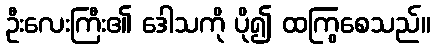
ဦးလေးကြီး၏ ဒေါသကို ပို၍ ထကြွစေသည်။